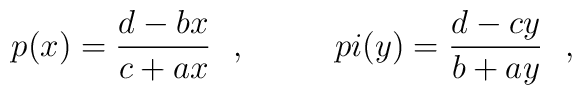
p(x) = \frac{d-bx}{c+ax}\ \ , \ \ \ \ \ \ \ \ \ \\pi (y) = \frac{d-cy}{b+ay}\ \ ,